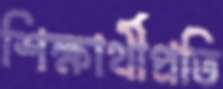
শিক্ষার্থীপ্রতি